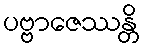
ပဗ္ဗာဇေဿန္တိ